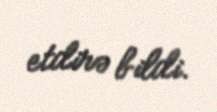
etdirə bildi.